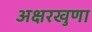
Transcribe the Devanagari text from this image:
अक्षरखुणा